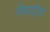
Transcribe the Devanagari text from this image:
वेदरहेड